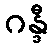
ဂန္ဒီ